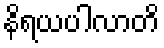
နိရယပါလာတိ